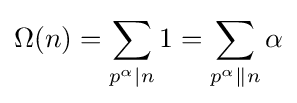
\Omega (n)=\sum _{p^{\alpha }\mid n}1=\sum _{p^{\alpha }\parallel n}\alpha